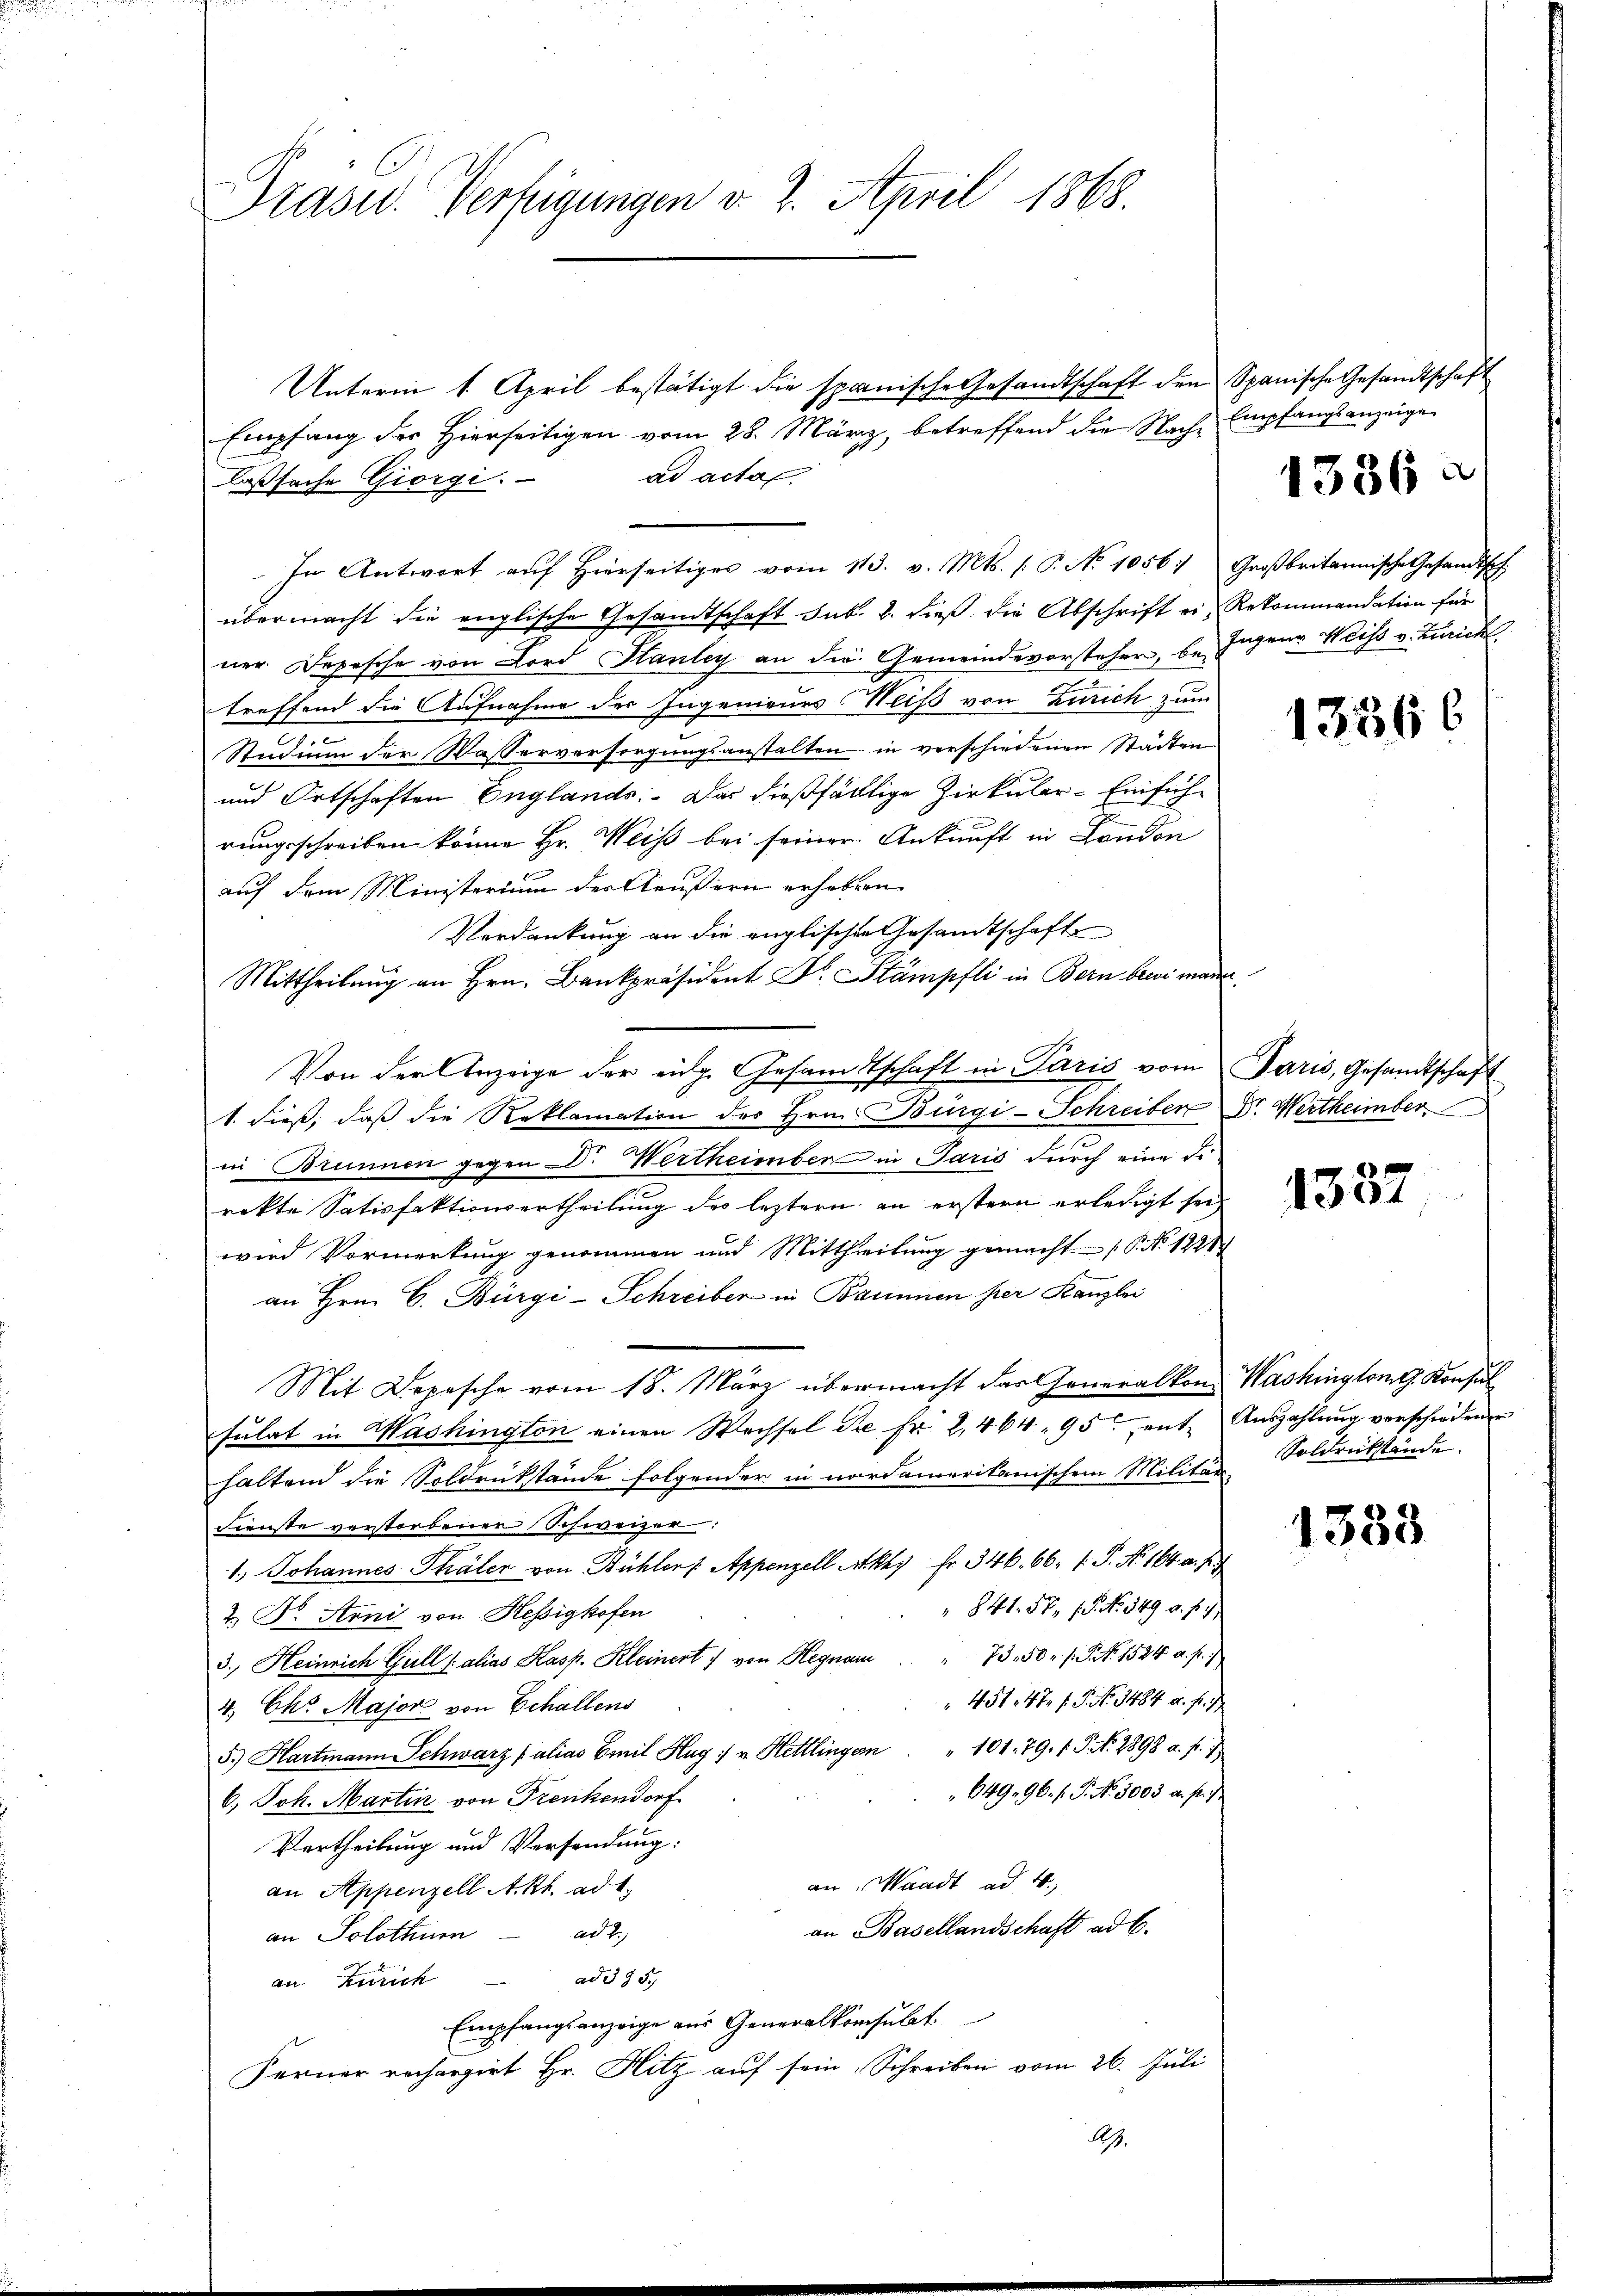
Präsid. Verfügungen v. 2. April 1868.

Unterm 1. April bestätigt die spanische Gesandtschaft den Spanische Gesandtschaft
ad acta
laßsache Giorgi.
übermacht die englische Gesandtschaft sub. 2. dieß die Abschrift ein Rekommandation für
ner Depesche von Lord Stanley an die Gemeindevorsteher, be Jugene Weiss v. Bunde
treffend die Aufnahme der Ingenieurs Miß von Zürich zum
Studium der Wasserversorgungsanstalten in verschiedenen Städten
und Ortschaften Englands: Das dießfälltige Zirkular-Einfüht
rungsschreiben könne Hr. Weiss bei seiner Ankunft in London
auf dem Ministerium der Aeußern erhebern
Verdankung an die englischen Gesandtschaft
Mittheilung an Hrn. Bankpräsident Dr. Stämpfli in Bern bei manen
Von der Anzeige der eidg. Gesandtschaft in Paris vom Paris, Gesandtschaft
S. dieß, daß die Reklamation der Hrn. Bürgi-Schreiber Dr. Wertheimber
in Brunnen gegen Dr. Wertheimber in Paris durch eine di
rekte Satisfaktionsertheilung des leztern an erstern erledigt sei,
wird Vormerkung genommen und Mittheilung gemacht (P. No 1281
an Hrn. C. Bürgi-Schreiber in Baumen her Kanzlei
Mit Depesche vom 18. März übermacht das Generalkon Washingtont. Konsul
sulat in Washington einen Wechsel die fr. 2, 464, 95 ent- Auszahlŭng verschiedenen
haltend die Soldrükstände folgender in nordamerikanischem Militär-
Dienste verstorbener Schweizer:
1.) Johannes Thäler von Bühler /: Appenzell Akhy fr. 346. 66. 1. P. Nr. 164 a. f.
841. 57, 1. No. 349 u. f. 1
2) Dr. Arni von Hessigkofen
3. Heinrich Gull (alias Kasp. Kleinert von Hegnar " " 73. 50 r. s. S. Nr. 1524 u. f.)
 451 247 f. P. Nr. 3484 u. fr. 7
4. Chr. Major von Echallens
5.) Hartmann Schwarz (alias Emil Hug v. Hettlingen " " 101. 79. f. P. N. 2898 a. f.
649. 96. f. P. Nr. 3003. a. pr. 1
6.) Joh. Martin von Frenkendorf
Vertheilung und Versendung:
an Waadt ad 4
an Appenzell Akt. ad 1.
an Basellandschaft ad 6.
ad 2.,
an Solothum
ad 335.
an. Zürich
Empfangsanzeige aus Generalkonsulat
Ferner recherzirt Hr. Hitz auf sein Schreiben vom 26. Juli
A.

Empfang der Hierseitigen vom 28. März, betreffend die Nach Empfangsanzeige

In Antwort aŭf hierseitiges vom 113. v. Mts. (T. No 1056: Großbritannische Gesandtsch

1336 a

13366

1301

Soldrückstände.

1333